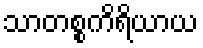
သာတစ္စကိရိယာယ